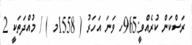
ރަސްކަން ކުރެއްވީ:965ހ ވަނަ އަހަރު ( 1558މ ) / މުއްދަތަކީ 2